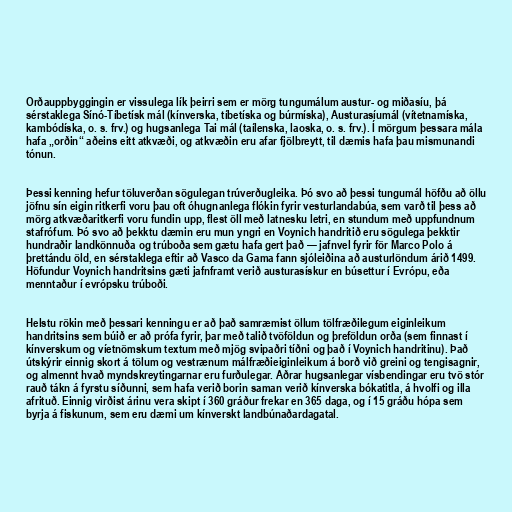
Orðauppbyggingin er vissulega lík þeirri sem er mörg tungumálum austur- og miðasíu, þá
sérstaklega Sínó-Tíbetísk mál (kínverska, tíbetíska og búrmíska), Austurasíumál (vítetnamíska,
kambódíska, o. s. frv.) og hugsanlega Tai mál (taílenska, laoska, o. s. frv.). Í mörgum þessara mála
hafa „orðin“ aðeins eitt atkvæði, og atkvæðin eru afar fjölbreytt, til dæmis hafa þau mismunandi
tónun.

Þessi kenning hefur töluverðan sögulegan trúverðugleika. Þó svo að þessi tungumál höfðu að öllu
jöfnu sín eigin ritkerfi voru þau oft óhugnanlega flókin fyrir vesturlandabúa, sem varð til þess að
mörg atkvæðaritkerfi voru fundin upp, flest öll með latnesku letri, en stundum með uppfundnum
stafrófum. Þó svo að þekktu dæmin eru mun yngri en Voynich handritið eru sögulega þekktir
hundraðir landkönnuða og trúboða sem gætu hafa gert það — jafnvel fyrir för Marco Polo á
þrettándu öld, en sérstaklega eftir að Vasco da Gama fann sjóleiðina að austurlöndum árið 1499.
Höfundur Voynich handritsins gæti jafnframt verið austurasískur en búsettur í Evrópu, eða
menntaður í evrópsku trúboði.

Helstu rökin með þessari kenningu er að það samræmist öllum tölfræðilegum eiginleikum
handritsins sem búið er að prófa fyrir, þar með talið tvöföldun og þreföldun orða (sem finnast í
kínverskum og víetnömskum textum með mjög svipaðri tíðni og það í Voynich handritinu). Það
útskýrir einnig skort á tölum og vestrænum málfræðieiginleikum á borð við greini og tengisagnir,
og almennt hvað myndskreytingarnar eru furðulegar. Aðrar hugsanlegar vísbendingar eru tvö stór
rauð tákn á fyrstu síðunni, sem hafa verið borin saman verið kínverska bókatitla, á hvolfi og illa
afrituð. Einnig virðist árinu vera skipt í 360 gráður frekar en 365 daga, og í 15 gráðu hópa sem
byrja á fiskunum, sem eru dæmi um kínverskt landbúnaðardagatal.